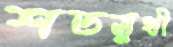
শতমুখী